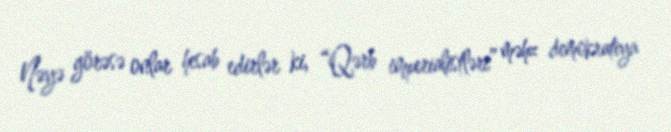
Nəyə görəsə onlar hesab edirlər ki, “Qərb imperialistləri” məhz demokratiya